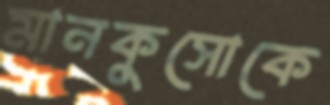
মানকুসোকে